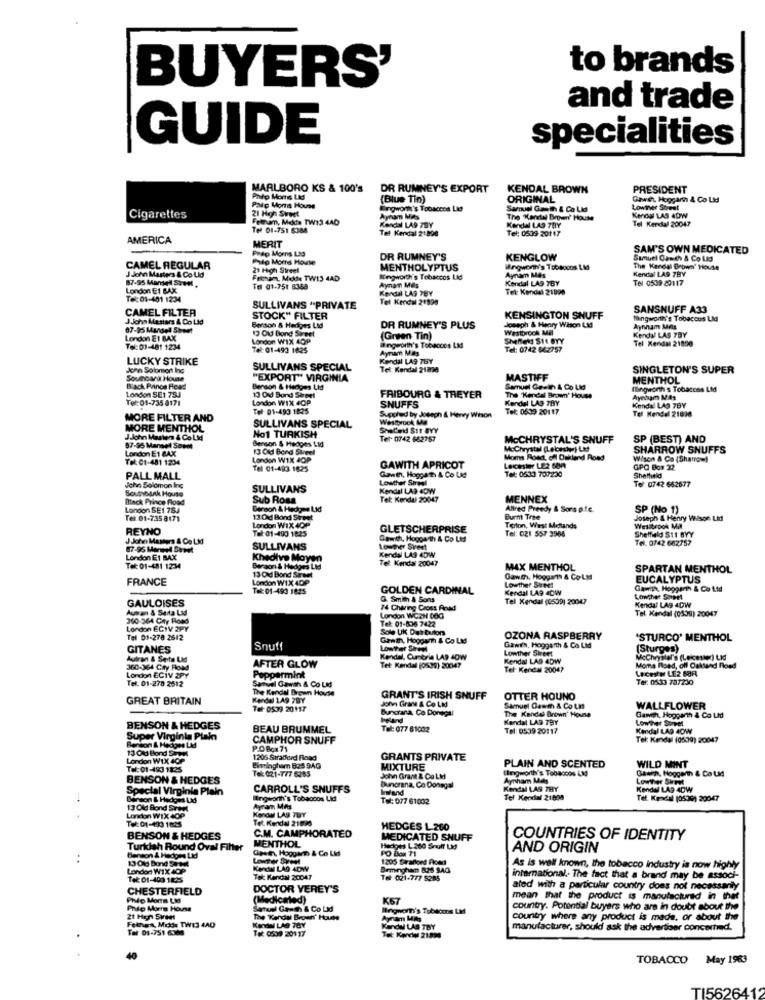
to brands
BUYERS'
and trade
GUIDE
specialities
MARLBORO KS & 100's
DR RUMNEY'S EXPORT
KENDAL BROWN
PRESIDENT
Paio Moms LAS
(Blue Tin)
ORIGINAL
Gawet Hoggart & Co Ltd
Palp Moms House
21 Hgh Sweet
Bingworn's Tobaccos Lid
Samuel Gath & Co Lid
Lowinner Street
Cigarettes
Fetham, Malta TW13 4AD
Aynam Mas
The Kartal Brown' House
Kendal LAS 7BY
Kendal LAS 4DW
Tel Kendal 20047
Tel 01-751 6384
Kenchal LA9 7BY
Tel Kendal 21.898
Tel: 0539 201 17
AMERICA
MERIT
Prep Morns Lid
SAM'S OWN MEDICATED
Prio Morre House
DR RUMNEY'S
KENGLOW
Samuel Canch & Co Lig
CAMEL REGULAR
J.John Masters & Co. Uld
21 High Street
MENTHOLYPTUS
Aynam Mes
Wingworn's Toblocos LM
The Kendal Brown' House
Kendal LAS 7BY
87-95 Mantel Steel,
Fein, Mode TW13 4AD
Kingworth's Tobaccos Lid
Kendal LAS TBY
Tel 0539 20117
London E1 BAX
Tel 01-751 8388
Aynan Mes
Kendal LAS TBY
Tet Kendal 21990
Tel: 01-401 1234
Tel Kendal 21998
CAMEL FILTER
SULLIVANS "PRIVATE
SANSNUFF A33
J.John Masters & Co Lid
STOCK" FILTER
KENSINGTON SNUFF
tangworth's Tobaccos Lid
07-95 Mansell Street
Berson & Heriges Lid
13 Old Bond Street
DR RUMNEY'S PLUS
Joseph & Henry Wilson L&d
Westbrook Mil
Aynıham Mas
London E1 BAX
London WIX 4OP
(Green Tin)
Sheffield SIE BYY
Kendal LAS TBY
Tel Kendal 21850
Tel: 01-481 1234
Tel: 01-493 1825
Aynıam Mes
angworth's Tobaccos Lad
Tel: 0742 66:2757
LUCKY STRIKE
Kendal LA9 7BY
John Solomont Ing
SULLIVANS SPECIAL
Tel: Kendal 21800
SINGLETON'S SUPER
Soupark House
"EXPORT" VIRGINIA
MASTIFF
MENTHOL
Black Painde Road
London SE1 75J
Benson & Hedges Lid
Samuel Casin & Co Ud
flingworth's Tobaccos Lid
Tel: 01-735 8171
London WIX 4OP
13 Old Bond Street
FRIBOURG & THEYER
Kendal LAS THY
The Kendal Brom' House
Tel: 01-493 1825
SNUFFS
Tel: 0639 20117
Kendal LAS 7BY
MORE FILTER AND
Suppled by Joseph & Hervy Wison
Westbrook, Ma
Tel Kendel 21836
MORE MENTHOL
SULLIVANS SPECIAL
J.John Masten & Co Lid
No1 TURKISH
Tet. 0742 662757
McCHRYSTAL'S SNUFF
SP (BEST) AND
87-95 Mansel Suent
London E1 BAX
Berson & Hedges Lid
13 Old Bond Street
McChrystal (Leicester) Lid
SHARROW SNUFFS
Tel: 01-481 1234
London W1X 4OP
Moms Road, ofl Dahiland Road
Wison & Co (Sharrow)
Tel 01-493 1825
GAWITH APRICOT
Leicester LE2 600
GPO Box 32
PALL MALL
Lowther Sereal
Ganth, Hoggarth & Co Ud
Tel: 0633 700230
Sheffield
To 0742 662677
John Solomon Ing
Southbank House
SULLIVANS
Kendal LAS 4DW
Black Prince Flood
Sub Ross
Tel: Kendal 20047
MENNEX
London SE1 784
Gerson & Hedges Lid
Allred Preedy & Sors pte.
SP (No 1)
Tel: 01-735 8171
13 Old Bond Street
Burm Tree
Joseph & Henry Vison Lid
REYNO
London WIX 4OP
Tel: 01-490 1825
GLETSCHERPRISE
Tel: 021 557 3965
Terton, West Melands
Westbrook MIN
J John Masters & Co LMd
Gamth, Hoggarth & Co Ltd
Sheffield $11 BYY
Tel. 0742 662757
87-96 Manpyd Street
SULLIVANS
Lowther Svest
London E1 BAX
Khedive Moyen
Kendal LA3 4DW
Tel: Kendal 20047
Tel: 01-481 1234
Berson & Hedges Lid
MAX MENTHOL
SPARTAN MENTHOL
FRANCE
13 Old Bond Serom
London WIX 4OP
Gawith, Hoogam & Co.Ltd
EUCALYPTUS
Tel: 01-493 1025
GOLDEN CARDINAL
Lowther Street
Kendal LA9 40W
Gawith, Hoggarth & Co Ltd
GAULOISES
G. Smith & Sons
Tel Kendal (0539) 20047
Low,her Speet
Aun an & Serta Lid
74 Charing Cross Road
Kendal LA9 40W
360-364 City Road
London WC2H 00G
Tel: 01-836 7422
Tel. Kendal (0509) 20047
London ECiV 2PY
Sole UK Das bulon
Tel 01-278 2612
Ganz, Hoogam & Co Lid
OZONA RASPBERRY
'STURCO' MENTHOL
GITANES
Snuff
Lowther Sihren
Gawith, Hoggarth & Co Lid
Lowther Street
(Sturges)
Autran & Seite Lid
Kendal, Cumbria LAS JOW
Kendal LAS 40W
McChrystal's (Leicester) Lkd/
360-364 City Road
AFTER GLOW
Tet: Kendal (0535) 20047
Tel- Kendal 20047
Leicester LE2 69A
Moms Road, off Oakland noed
London ECIV 2PY
Tel: 01-278 2512
Peppermint
Tel: 05-33 787230
The Kendal Brown House
Samuel Gavin & Co Lid
GREAT BRITAIN
Kerdal LA9 7BY
John Grans & Co Lid
GRANT'S IRISH SNUFF
OTTER HOUND
Tel- 0539 20117
Burkrana, Co Donegal
Samuel Oauth & Co UM
WALLFLOWER
heland
Kendal LAS TBY
The Kendal Brown' House
Gantth, Hoggar & Co Lid
Lowther Street
BENSON & HEDGES
BEAU BRUMMEL
Tel: 077 61002
Tel: 0539 20117
Kendal LAD 40W
Super Virginia Plain
Benson & Hedges LMd
CAMPHOR SNUFF
Tel: Kendal (0509) 20047
13 Old Bond Supl
P.OBCH71
London WIX 4OP
1206 Sıralford Fload
GRANTS PRIVATE
PLAIN AND SCENTED
WILD MINT
Tel: 01-483 1825
Tel: 021-777 5285
MIXTURE
Ulingworth's Tobaccos LM
Gasich, Hoggerth & Co LMd
BENSON & HEDGES
John Grant & Co LM
Aynham Mas
Lowther Sheet
Special Virginia Plain
CARROLL'S SNUFFS
Iwfand
Bunorna, Co Donegal
Kendal LAS 7BY
Kendal LAS 40W
Enson & Hedges Lad
Mingworth's Tobaccos Lid
Tel: 077 61032
Tel Kendal 21698
Tel. Kendal (0536) 20047
13 Old Bond Svent
KendM LAS TUY
Aynam Mins
London WIX 400
Tel: 01-493 1025
Tet. Kendal 21090
C.M. CAMPHORATED
HEDGES L.260
BENSON & HEDGES
MENTHOL
MEDICATED SNUFF
COUNTRIES OF IDENTITY
Turkish Round Oval Fiher
Gast Hoggarn & Co Lid
Heckges L-300 Soulf Lid
PO Box 71
AND ORIGIN
..
130g Bond SeMl
Benson & Hedges Lid
1205 Giranoet Pour
London WIX 4OP
KendIN LAD ADW
Birmingham 828 SAG
As is well known, the tobacco industry is now highwy
Tel: 01-400 1825
Tak Kendal 20047
Tot: 021-777 5285
international. The fact that a brand may be associ-
CHESTERFIELD
DOCTOR VEREY'S
ated with a particular country does not necessarily
(Medicated
K67
mean that the product is manufactured in that
Prie Morra House
Santuel Gasth & Co Lad
Brnom's Tobaccos LM
country. Potential buyers who are in doubt about the
The Kendal Broen' House
Kandal LAS 78Y
Aynam MA
country where any product is made, or about the
Felhora, Michde TW13 4AD
Tel 01-751 6366
Tel: 0509 201 17
Kandu LAS TBY
manufacturer, should ask the advertiser concerned.
Tet Kerdu 21374
TOBACCO
May 1983
TI56264